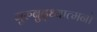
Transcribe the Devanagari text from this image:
गुरुबुद्ध्यात्मनो